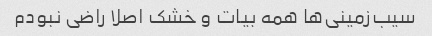
سیب‌زمینی‌ها همه بیات و خشک اصلا راضی نبودم